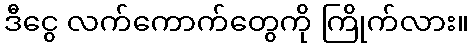
ဒီငွေ လက်ကောက်တွေကို ကြိုက်လား။